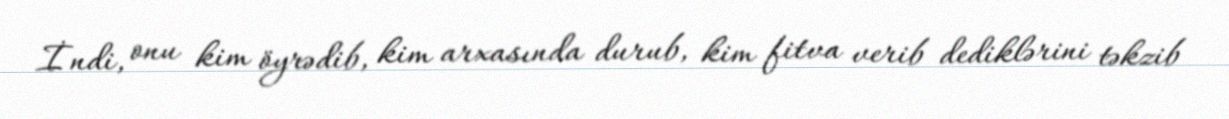
İndi, onu kim öyrədib, kim arxasında durub, kim fitva verib dediklərini təkzib